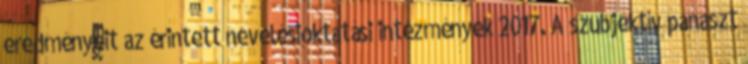
eredményeit az érintett nevelésioktatási intézmények 2017. A szubjektív panaszt